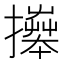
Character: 𢷎